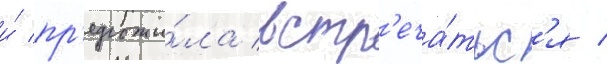
и́ пр'едложи́ла встр'еча́тьс'я /